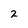
Character: 2